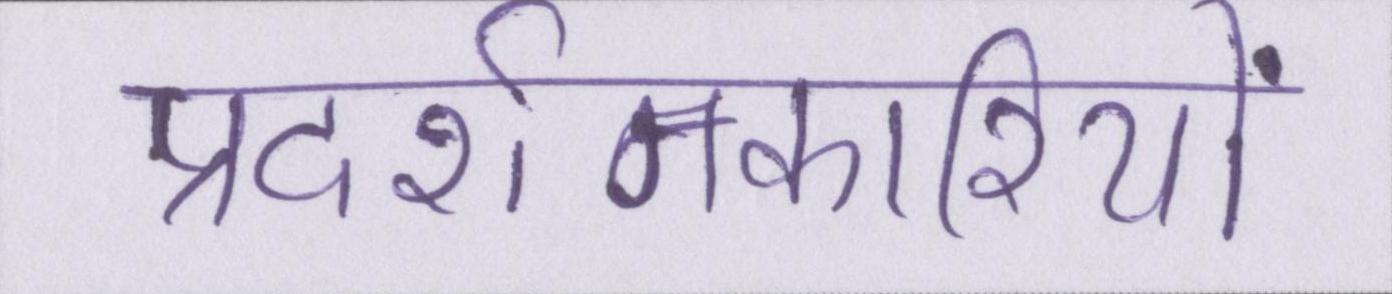
प्रदर्शनकारियों